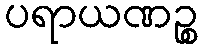
ပရာယဏဉ္စ